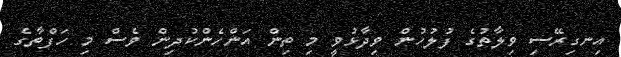
އިނގިރޭސި ވިލާތުގެ ފުލުހުން ވިދާޅުވީ މި ތިން އަންހެންކުދިން ވެސް މި ހަފްތާގެ